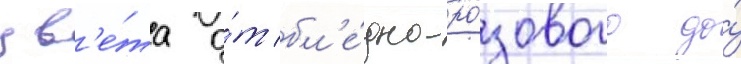
цв'е́та о́т бл'е́дно-ро́зового до́